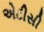
એટીસી